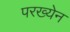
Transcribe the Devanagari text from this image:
परख्येन